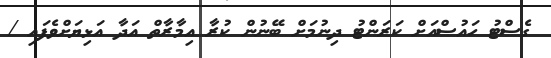
ގެސްޓު ހައުސްއަށް ކަރަންޓު ދިނުމަށް ބޭނުން ކުރާ އިމާރާތް އަދާ އަޅިޔަށްވެފައި /